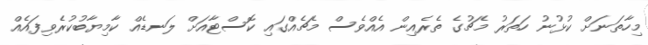
މިހާތަނަށް ކުޅުނު ހަތަރު މެޗުގެ ތެރެއިން އެއްވެސް މެޗެއްގައި ކޮސްޓާއަށް ލަނޑެއް ކާމިޔާބުކުރެވިފައެއް